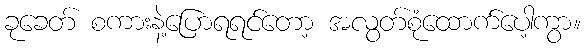
ခုခေတ် စကားနဲ့ပြောရရင်တော့ အလွတ်စုံထောက်ပေါ့ကွာ။